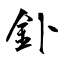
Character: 釙